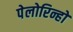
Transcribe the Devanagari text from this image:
पेलोरिन्हो